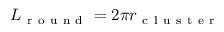
L _ { \mathrm { ~ r ~ o ~ u ~ n ~ d ~ } } = 2 \pi r _ { \mathrm { ~ c ~ l ~ u ~ s ~ t ~ e ~ r ~ } }